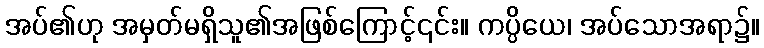
အပ်၏ဟု အမှတ်မရှိသူ၏အဖြစ်ကြောင့်၎င်း။ ကပ္ပိယေ၊ အပ်သောအရာ၌။